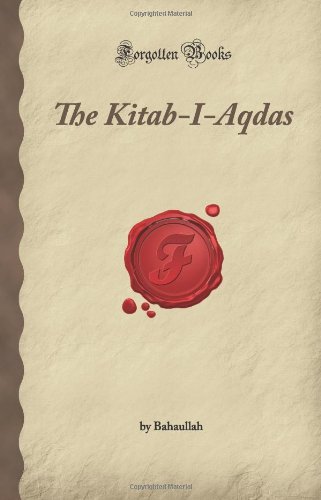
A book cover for The Kitab-I-Aqdas (Forgotten Books); Bahaullah; Religion & Spirituality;